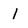
Character: 1